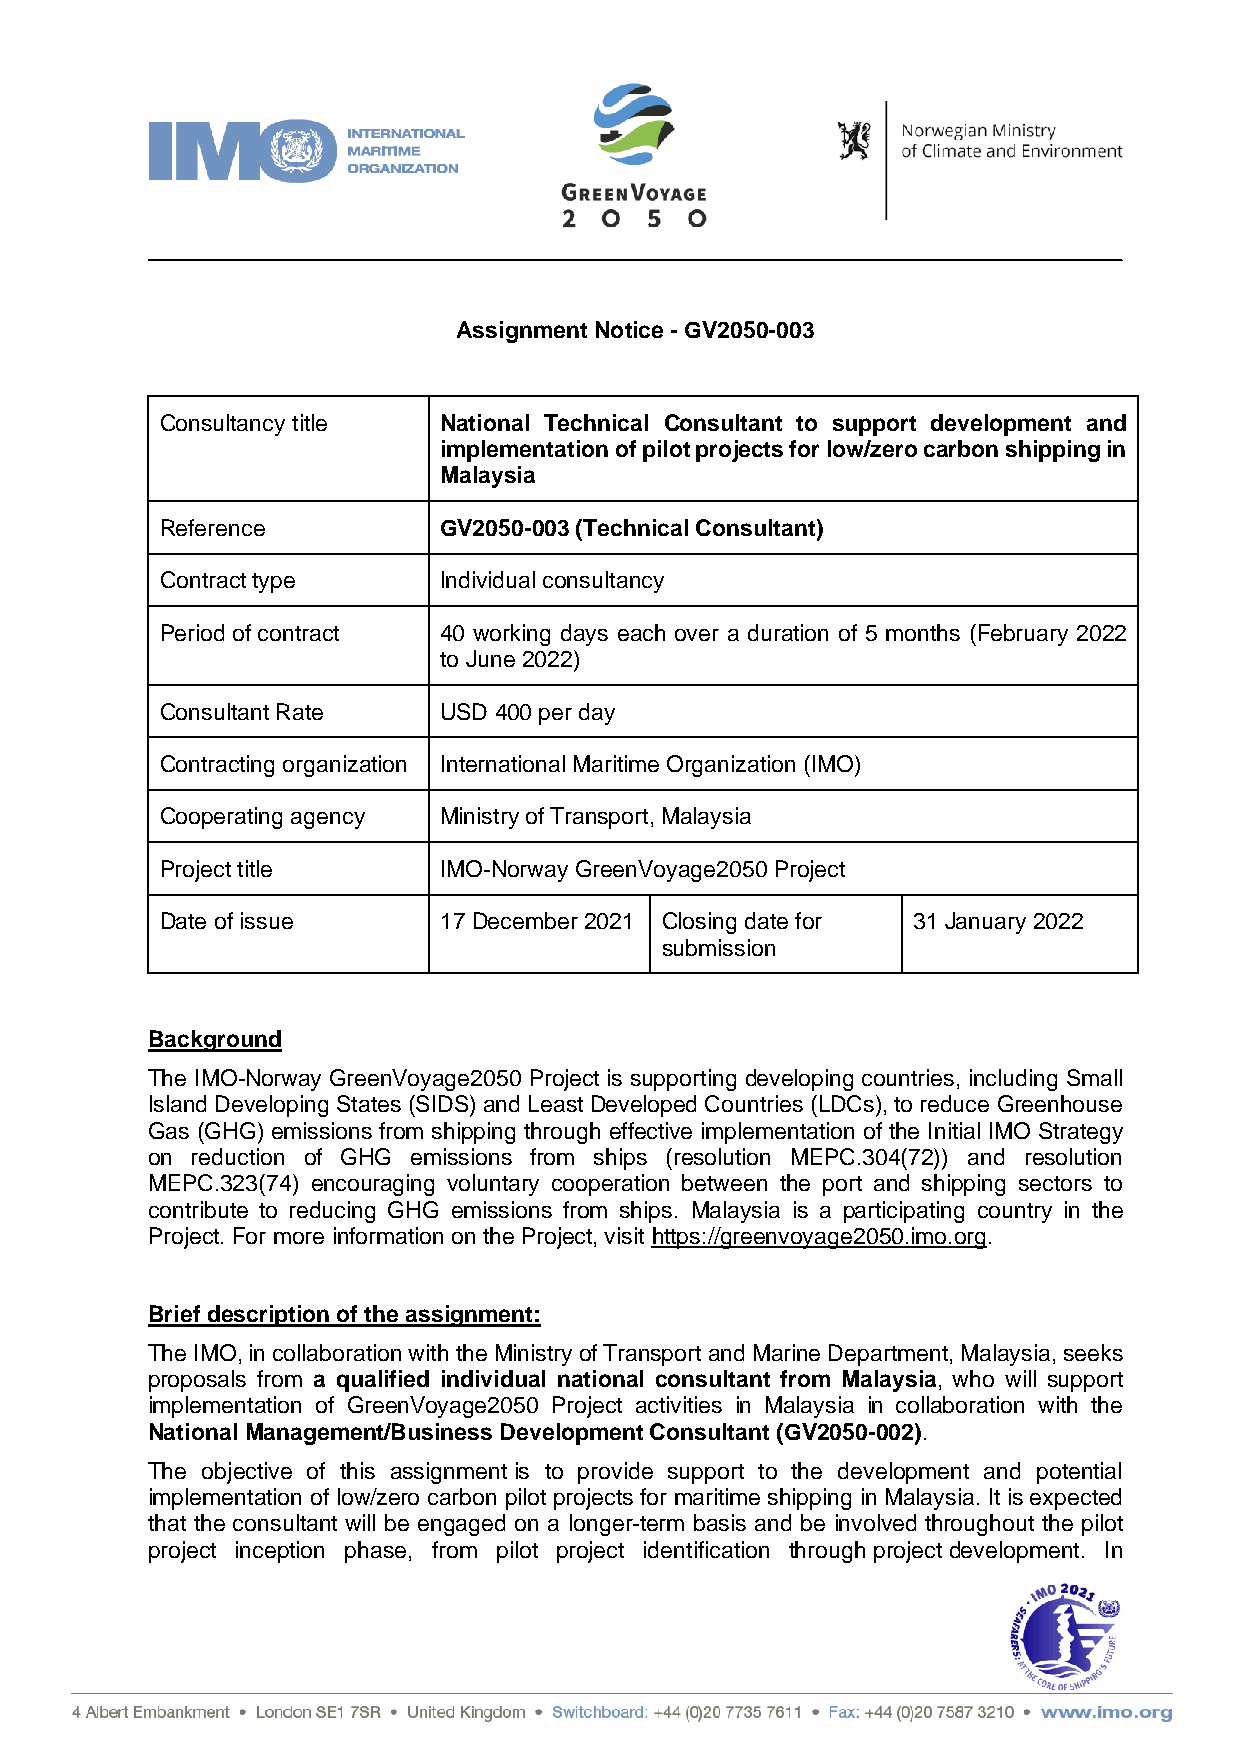
Assignment Notice - GV2050-003
 Consultancy title National Technical Consultant to support development and
 implementation of pilot projects for low/zero carbon shipping in
 Malaysia
 Reference         GV2050-003 (Technical Consultant)
 Contract type     Individual consultancy
 Period of contract 40 working days each over a duration of 5 months (February 2022
 to June 2022)
 Consultant Rate   USD 400 per day
 Contracting organization International Maritime Organization (IMO)
 Cooperating agency Ministry of Transport, Malaysia
 Project title     IMO-Norway GreenVoyage2050 Project
 Date of issue     17 December 2021 Closing date for 31 January 2022
 submission
 Background
 The IMO-Norway GreenVoyage2050 Project is supporting developing countries, including Small
 Island Developing States (SIDS) and Least Developed Countries (LDCs), to reduce Greenhouse
 Gas (GHG) emissions from shipping through effective implementation of the Initial IMO Strategy
 on reduction of GHG emissions from ships (resolution MEPC.304(72)) and resolution
 MEPC.323(74) encouraging voluntary cooperation between the port and shipping sectors to
 contribute to reducing GHG emissions from ships. Malaysia is a participating country in the
 Project. For more information on the Project, visit https://greenvoyage2050.imo.org.
 Brief description of the assignment:
 The IMO, in collaboration with the Ministry of Transport and Marine Department, Malaysia, seeks
 proposals from a qualified individual national consultant from Malaysia, who will support
 implementation of GreenVoyage2050 Project activities in Malaysia in collaboration with the
 National Management/Business Development Consultant (GV2050-002).
 The objective of this assignment is to provide support to the development and potential
 implementation of low/zero carbon pilot projects for maritime shipping in Malaysia. It is expected
 that the consultant will be engaged on a longer-term basis and be involved throughout the pilot
 project inception phase, from pilot project identification through project development. In